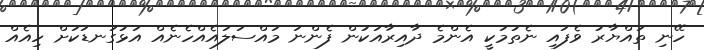
ހޭނި ތައްޔާރު ވެފައި ނެތުމަކީ އެންމެ ދާއިރާއަކުން ފެންނަ މައްސަލައެއްހެނެއް އަޅުގަނޑަކަށް ހިއެއް